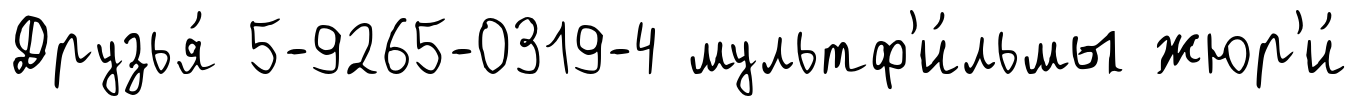
Друзья́ 5-9265-0319-4 мультф'и́льмы жюр'и́